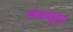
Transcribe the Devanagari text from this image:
अक्मूल्ला